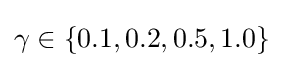
\gamma \in \{0.1,0.2,0.5,1.0\}